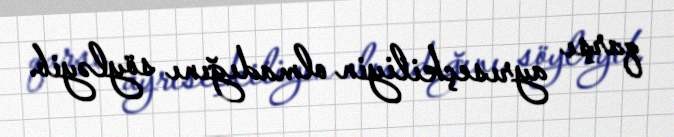
qarşı ayrıseçkiliyin olmadığını söyləyib.